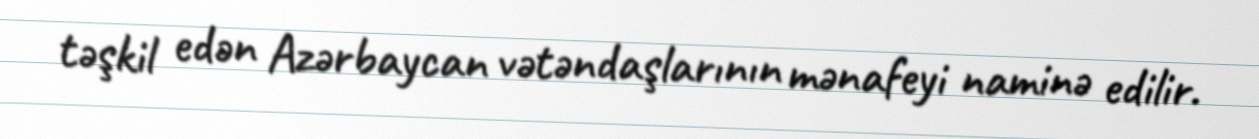
təşkil edən Azərbaycan vətəndaşlarının mənafeyi naminə edilir.